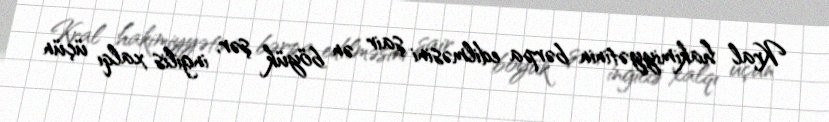
Kral hakimiyyətinin bərpa edilməsini şair ən böyük şər, ingilis xalqı üçün